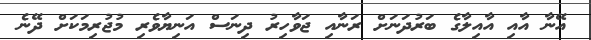
އޭނާ އާއި އާއިލާގެ ބަރުދަނަށް ރަނާއި ޖަވާހިރު ދިނަސް އަނިޔާވެރި މުޖުރިމަކަށް ދޭނެ